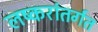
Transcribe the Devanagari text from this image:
लष्करांतर्गत